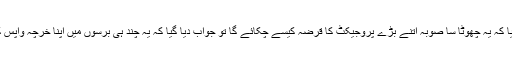
سوال اٹھایا کہ یہ چھوٹا سا صوبہ اتنے بڑے پروجیکٹ کا قرضہ کیسے چکائے گا تو جواب دیا گیا کہ یہ چند ہی برسوں میں اپنا خرچہ واپس کردے گا۔